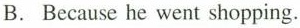
B. Because he went shopping.